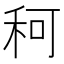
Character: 𥞍